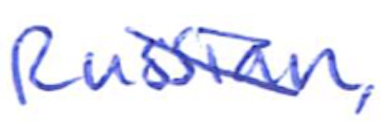
Text: Russian,
Cross-out: diagonal
Writing tool: ballpoint